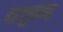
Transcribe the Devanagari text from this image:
बाजुबन्द